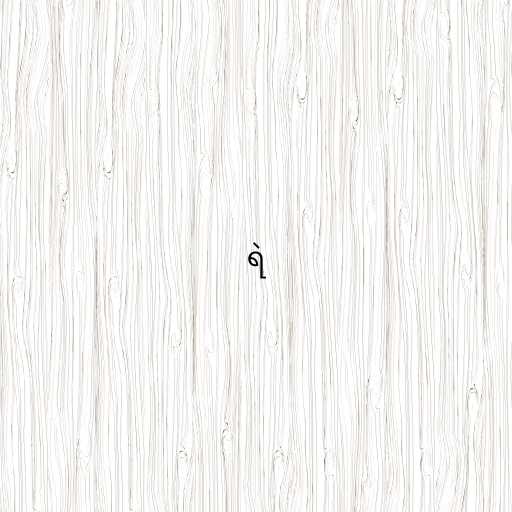
ရဲ